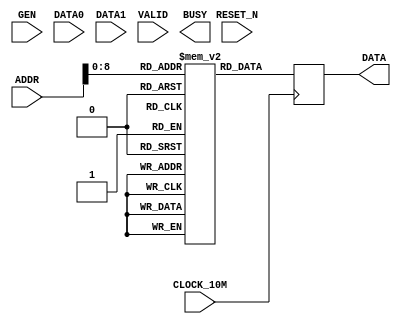
module RECEIVER(
    input    wire             CLOCK_10M,
    input    wire             RESET_N,
    input    wire             GEN,
    input    wire    [15:0]   DATA0,
    input    wire    [15:0]   DATA1,
    input    wire             VALID,
    output   wire             BUSY,
    input    wire    [9:0]    ADDR,
    output   reg     [31:0]   DATA
    );

    reg    [31:0]      RAM [511:0];
    reg    [15:0]      index = 0;
    reg    [15:0]      INDEX = 32768;
    wire   [15:0]      I = 0;
    wire               RE = 0;


    always @(posedge CLOCK_10M) begin
        DATA <= RAM[ADDR];
    end
   
/*
    assign   BUSY = (INDEX < PULSE_NUM) ? 1 : 0;

    always @(negedge VALID or posedge GEN) begin
        if (GEN) begin
            INDEX <= 0;
        end else begin
            if (INDEX < PULSE_NUM) begin
                RAM[INDEX] <= {DATA1[15:0], DATA0[15:0]};
                INDEX <= INDEX+1;
            end
        end
    end
*/
endmodule